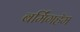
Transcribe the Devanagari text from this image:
बर्मिंगहॅम